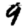
Digit: 9